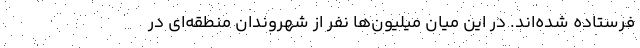
فرستاده شده‌اند. در این میان میلیون‌ها نفر از شهروندان منطقه‌ای در